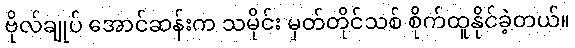
ဗိုလ်ချုပ် အောင်ဆန်းက သမိုင်း မှတ်တိုင်သစ် စိုက်ထူနိုင်ခဲ့တယ်။